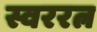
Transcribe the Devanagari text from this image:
स्वररत्न